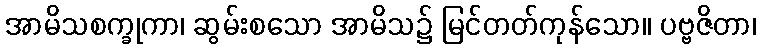
အာမိသစက္ခုကာ၊ ဆွမ်းစသော အာမိသ၌ မြင်တတ်ကုန်သော။ ပဗ္ဗဇိတာ၊